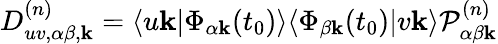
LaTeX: D_{uv,\alpha\beta,\mathbf{k}}^{(n)}=\langle u\mathbf{k}|\Phi_{\alpha\mathbf{k}}(t_{0})\rangle\langle\Phi_{\beta\mathbf{k}}(t_{0})|v\mathbf{k}\rangle\mathcal{P}_{\alpha\beta\mathbf{k}}^{(n)}